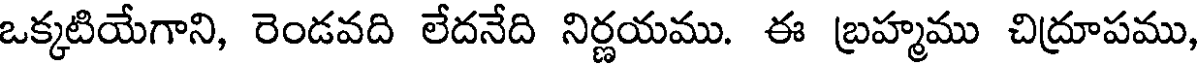
ఒక్కటియేగాని, రెండవది లేదనేది నిర్ణయము. ఈ బ్రహ్మము చిద్రూపము,